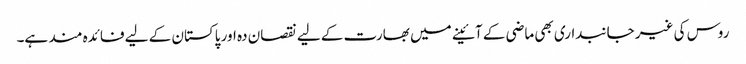
روس کی غیر جانبداری بھی ماضی کے آئینے میں بھارت کے لیے نقصان دہ اور پاکستان کے لیے فائدہ مند ہے۔